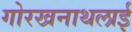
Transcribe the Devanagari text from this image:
गोरखनाथलाई